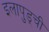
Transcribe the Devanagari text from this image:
इलापुड्ची